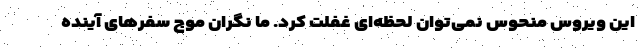
این ویروس منحوس نمی‌توان لحظه‌ای غفلت کرد. ما نگران موج سفرهای آینده